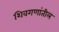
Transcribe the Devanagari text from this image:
शिवगणांतील